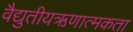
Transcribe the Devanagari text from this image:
वैद्युतीयऋणात्मकता